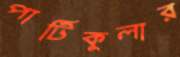
পার্টিকুলার